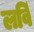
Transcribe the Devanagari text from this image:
लविं